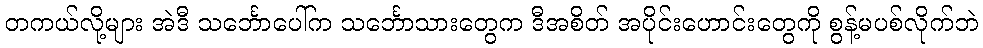
တကယ်လို့များ အဲဒီ သင်္ဘောပေါ်က သင်္ဘောသားတွေက ဒီအစိတ် အပိုင်းဟောင်းတွေကို စွန့်မပစ်လိုက်ဘဲ